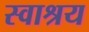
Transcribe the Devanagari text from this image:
स्वाश्रय